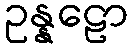
ဥန္နဠော